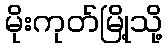
မိုးကုတ်မြို့သို့